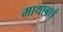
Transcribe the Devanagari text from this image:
माथाबाई